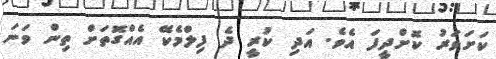
ކަށަވަރު ކޮށްދީފަ އެވެ. އަދި ކުރީ ދެ ފިލްމެކޭ އެއްގޮތަށް ތިން ވަނަ